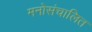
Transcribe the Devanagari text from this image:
मनोसंचालित